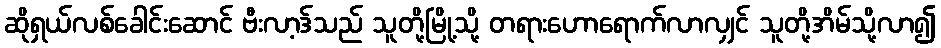
ဆိုရှယ်လစ်ခေါင်းဆောင် ဗီးလာ့ဒ်သည် သူတို့မြို့သို့ တရားဟောရောက်လာလျှင် သူတို့အိမ်သို့လာ၍